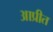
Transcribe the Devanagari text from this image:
आप्रीत